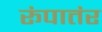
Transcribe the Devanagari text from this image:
रूंपातंर